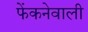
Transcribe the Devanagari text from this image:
फेंकनेवाली